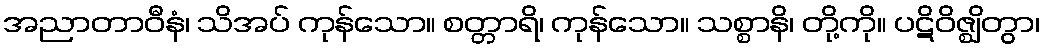
အညာတာဝီနံ၊ သိအပ် ကုန်သော။ စတ္တာရိ၊ ကုန်သော။ သစ္စာနိ၊ တို့ကို။ ပဋိဝိဇ္ဈိတွာ၊